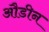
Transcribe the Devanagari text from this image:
औडीन